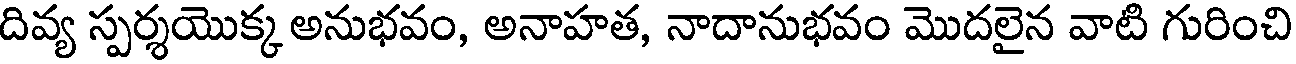
దివ్య స్పర్శయొక్క అనుభవం, అనాహత, నాదానుభవం మొదలైన వాటి గురించి